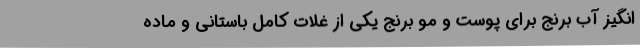
انگیز آب برنج برای پوست و مو برنج یکی از غلات کامل باستانی و ماده